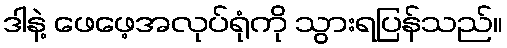
ဒါနဲ့ ဖေဖေ့အလုပ်ရုံကို သွားရပြန်သည်။